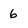
Character: 6